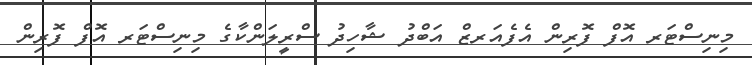
މިނިސްޓަރ އޮފް ފޮރިން އެފެއަރޒް އަބްދު ޝާހިދު ސްރީލަންކާގެ މިނިސްޓަރ އޮފް ފޮރިން